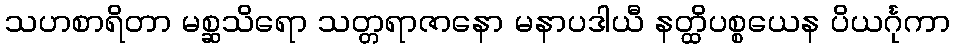
သဟစာရိတာ မစ္ဆသိရော သတ္တရာဇာနော မနာပဒါယီ နတ္ထိပစ္စယေန ပိယင်္ဂုကာ